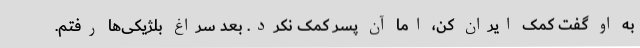
به او گفت کمک ایران کن، اما آن پسر کمک نکرد. بعد سراغ بلژیکی‌ها رفتم.